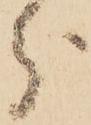
分